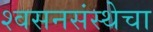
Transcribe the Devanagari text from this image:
श्वसनसंस्थेचा